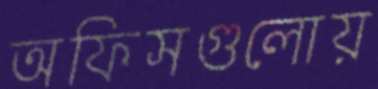
অফিসগুলোয়